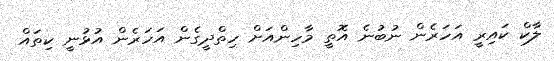
ލާކް ކައިރީ އަހަރެން ނުބުނެ އޮތީ މާހިންއަށް ހިތްދީގެން އަހަރެން އުޅުނީ ކިތައް